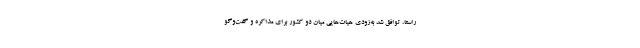
راستا، توافق شد به‌زودی هیات‌هایی میان دو کشور برای مذاکره و گفت‌وگو